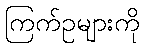
ကြက်ဥများကို